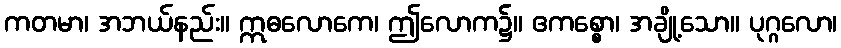
ကတမာ၊ အဘယ်နည်း။ ဣဓလောကေ၊ ဤလောက၌။ ဧကစ္စော၊ အချို့သော။ ပုဂ္ဂလော၊